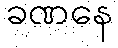
ခဏနေ